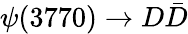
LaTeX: \psi(3770)\to D\bar{D}